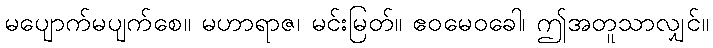
မပျောက်မပျက်စေ။ မဟာရာဇ၊ မင်းမြတ်။ ဧဝမေဝခေါ၊ ဤအတူသာလျှင်။